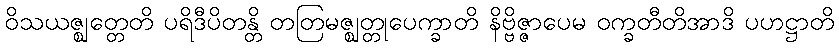
ဝိသယဇ္ဈတ္တေတိ ပရိဒီပိတန္တိ တတြမဇ္ဈတ္တုပေက္ခာတိ နိဗ္ဗိဇ္ဇာပေမ ဝက္ခတီတိအာဒိ ပဟဋ္ဌာတိ